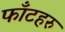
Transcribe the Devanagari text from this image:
फाँटहरु